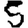
Digit: 5